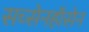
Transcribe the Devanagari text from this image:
सच्सेनहॉसेन